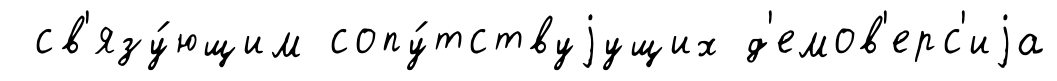
св'язу́ющим сопу́тствуjущих д'емов'ерс'иjа